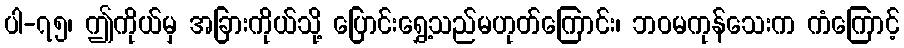
ပါ-၇၅၊ ဤကိုယ်မှ အခြားကိုယ်သို့ ပြောင်းရွှေ့သည်မဟုတ်ကြောင်း၊ ဘဝမကုန်သေးက ကံကြောင့်